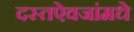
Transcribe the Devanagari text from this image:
दस्तऐवजांमधे